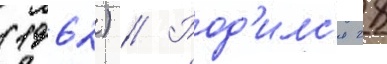
(1962) // Род'илс'я 28